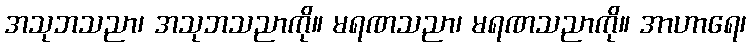
အသုဘသညာ၊ အသုဘသညာကို။ မရဏသညာ၊ မရဏသညာကို။ အာဟာရေ၊